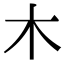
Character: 木